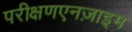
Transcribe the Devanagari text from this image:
परीक्षणएनज़ाइम